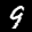
Label: 9